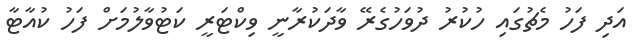
އަދި ފަހު މެޗުގައި ހުކުރު ދުވަހުގެރޭ ވާދަކުރާނީ ވިކްޓަރީ ކަޓުވާލުމަށް ފަހު ކުއާޓާ